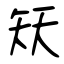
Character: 矨